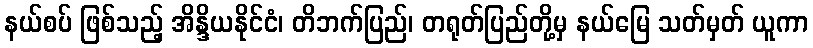
နယ်စပ် ဖြစ်သည့် အိန္ဒိယနိုင်ငံ၊ တိဘက်ပြည်၊ တရုတ်ပြည်တို့မှ နယ်မြေ သတ်မှတ် ယူကာ